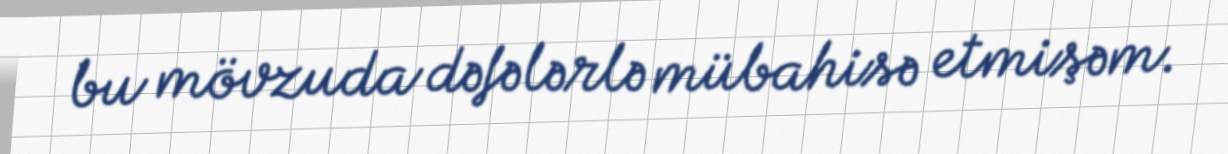
bu mövzuda dəfələrlə mübahisə etmişəm.